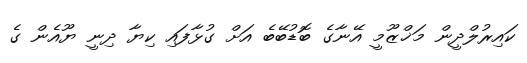
ކައިރުލްދީން މަޚްޒޫމީ އޭނާގެ ބޮޑުބޭބެ އަށް ގުޅާފައި ކިޔާ ދިނީ ޔޫއެން ގެ